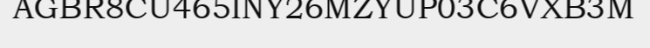
AGBR8CU465INY26MZYUP03C6VXB3M